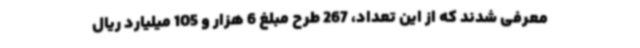
معرفی شدند که از این‌ تعداد، 267 طرح مبلغ 6 هزار و 105 میلیارد ریال